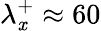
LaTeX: \lambda_{\mathit{x}}^{+}\approx60